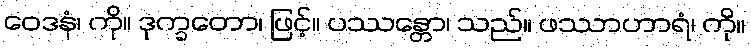
ဝေဒနံ၊ ကို။ ဒုက္ခတော၊ ဖြင့်။ ပဿန္တော၊ သည်။ ဖဿာဟာရံ၊ ကို။